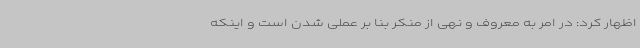
اظهار کرد: در امر به معروف و نهی از منکر بنا بر عملی شدن است و اینکه